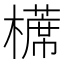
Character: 𣝸